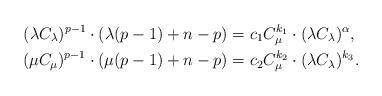
LaTeX: \begin{align*}(\lambda C_\lambda)^{p-1} \cdot (\lambda (p-1) + n-p)&= c_1 C_\mu^{k_1} \cdot (\lambda C_\lambda)^\alpha, \\(\mu C_\mu)^{p-1} \cdot (\mu (p-1) + n-p) &= c_2 C_\mu^{k_2} \cdot (\lambda C_\lambda)^{k_3}.\end{align*}